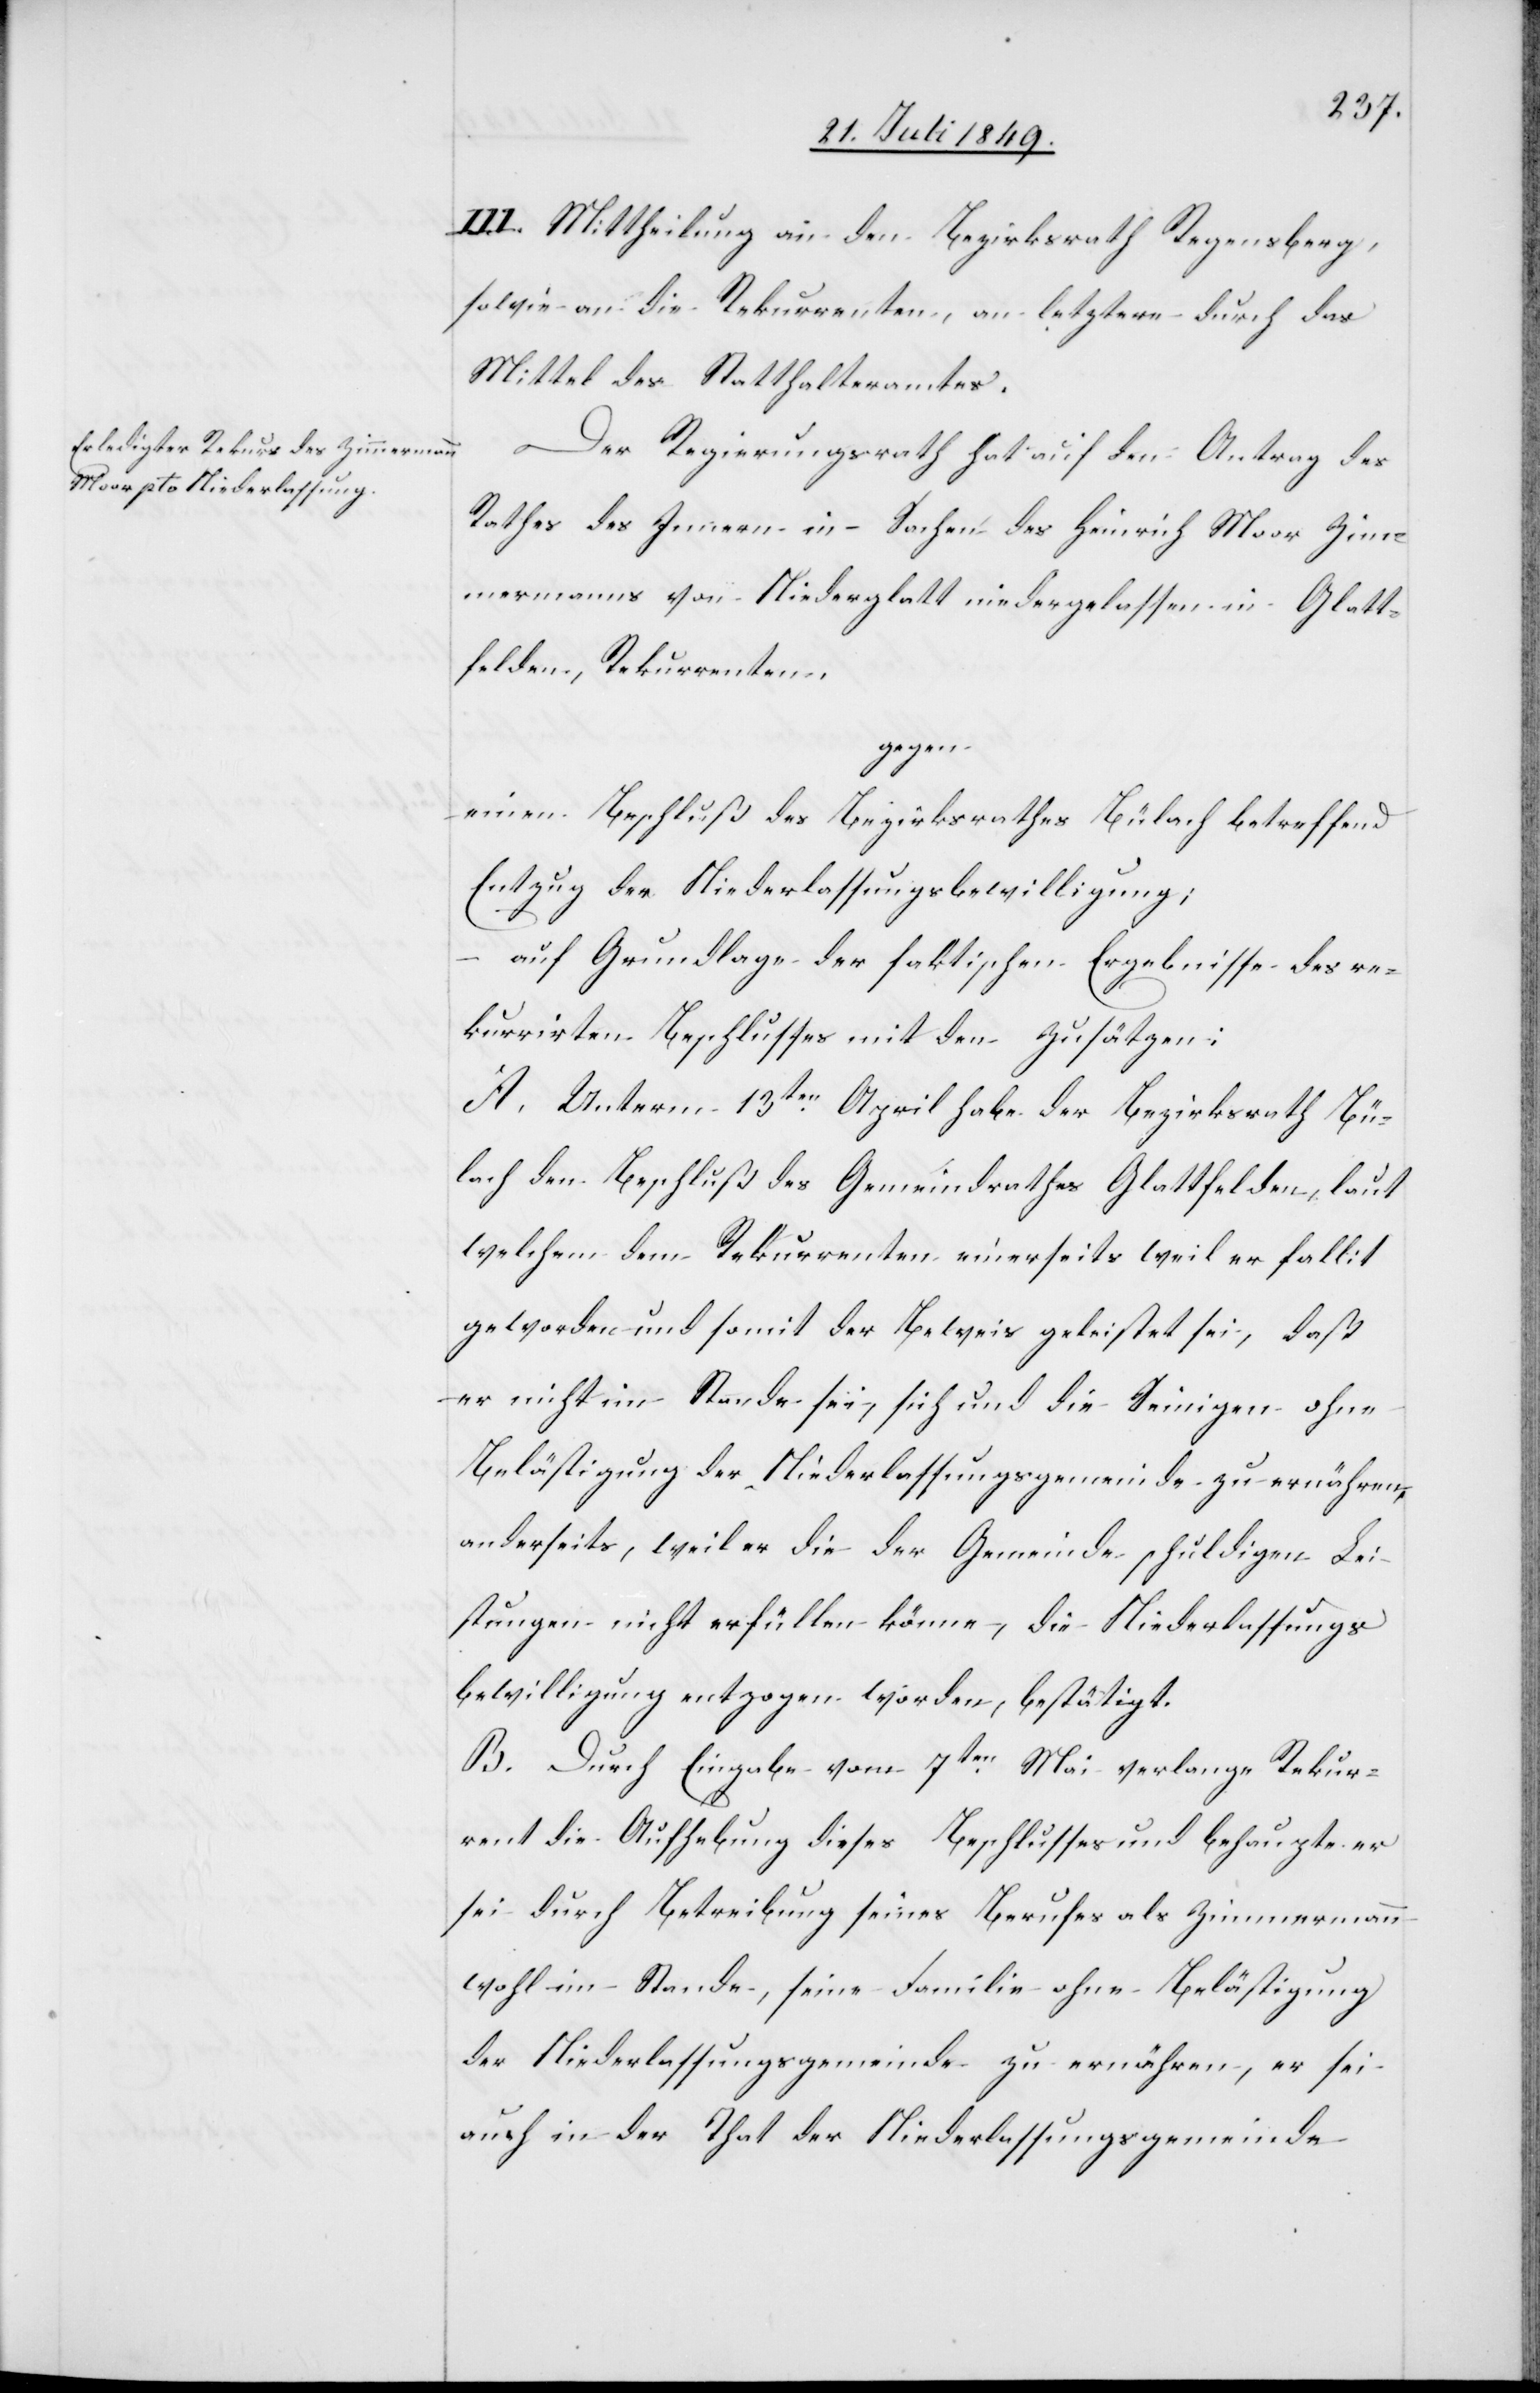
III. Mittheilung an den Bezirksrath Regensberg,
sowie an die Rekurrenten, an letztere durch das
Mittel des Statthalteramtes.
Der Regierungsrath hat auf den Antrag des
Rathes des Innern in Sachen des Heinrich Moor Zim¬
mermanns von Niederglatt niedergelassen in Glatt¬
felden, Rekurrenten,
gegen
einen Beschluß des Bezirksrathes Bülach betreffend
Entzug der Niederlassungsbewilligung;
auf Grundlage der faktischen Ergebnisse des re¬
kurrirten Beschlusses mit den Zusätzen;
A. Unterm 13ten April habe der Bezirksrath Bü¬
lach den Beschluß des Gemeindrathes Glattfelden, laut
welchem dem Rekurrenten einerseits weil er fallit
geworden und somit der Beweis geleistet sei, daß
er nicht im Stande sei, sich und die Seinigen ohne
Belästigung der Niederlassungsgemeinde zu ernähren,
anderseits, weil er die der Gemeinde schuldigen Lei¬
stungen nicht erfüllen könne, die Niederlassungs¬
bewilligung entzogen worden, bestätigt.
B. Durch Eingabe vom 7ten Mai verlange Rekur¬
rent die Aufhebung dieses Beschlusses und behaupte er
sei durch Betreibung seines Berufes als Zimmermann
wohl im Stande, seine Familie ohne Belästigung
der Niederlassungsgemeinde zu ernähren, er sei
auch in der That der Niederlassungsgemeinde